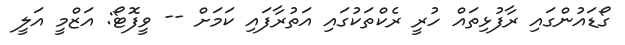
ގޯޑައުންގައި ރާފުޅިތައް ހުރީ ރެކްތަކުގައި އަތުރާފައި ކަމަށް -- ވީފޮޓޯ: އަޒްމީ އަލީ